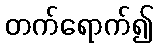
တက်ရောက်၍